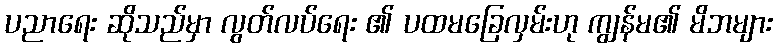
ပညာရေး ဆိုသည်မှာ လွတ်လပ်ရေး ၏ ပထမခြေလှမ်းဟု ကျွန်မ၏ မိဘများ